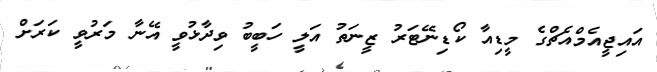
އައިޖީއެމްއެޗްގެ މީޑިއާ ކޯޑިނޭޓަރު ޒީނަތު އަލީ ހަބީބު ވިދާޅުވީ އޭނާ މަރުވީ ކަރަށް